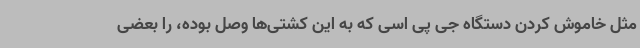
مثل خاموش کردن دستگاه جی پی اسی که به این کشتی‌ها وصل بوده، را بعضی